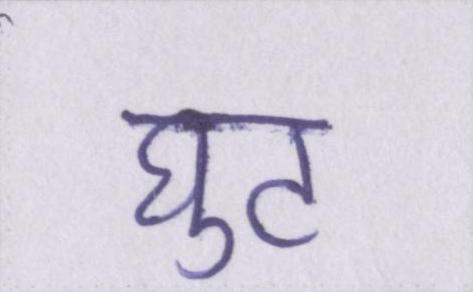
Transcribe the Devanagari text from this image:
घुट